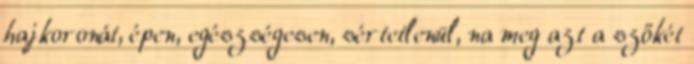
hajkoronát, épen, egészségesen, sértetlenül, na meg azt a szőkét